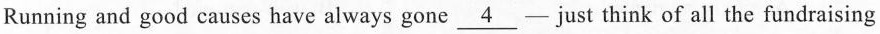
Running and good causes have always gone \underline{4} - just think of all the fundraising